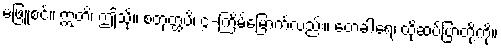
မဖြူစင်။ ဣတိ၊ ဤသို့။ စတုတ္ထံပိ၊ ၄-ကြိမ်မြောက်လည်း။ တေခါရေ၊ ထိုဆပ်ပြာတို့ကို။